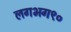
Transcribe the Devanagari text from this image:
लगभग९०